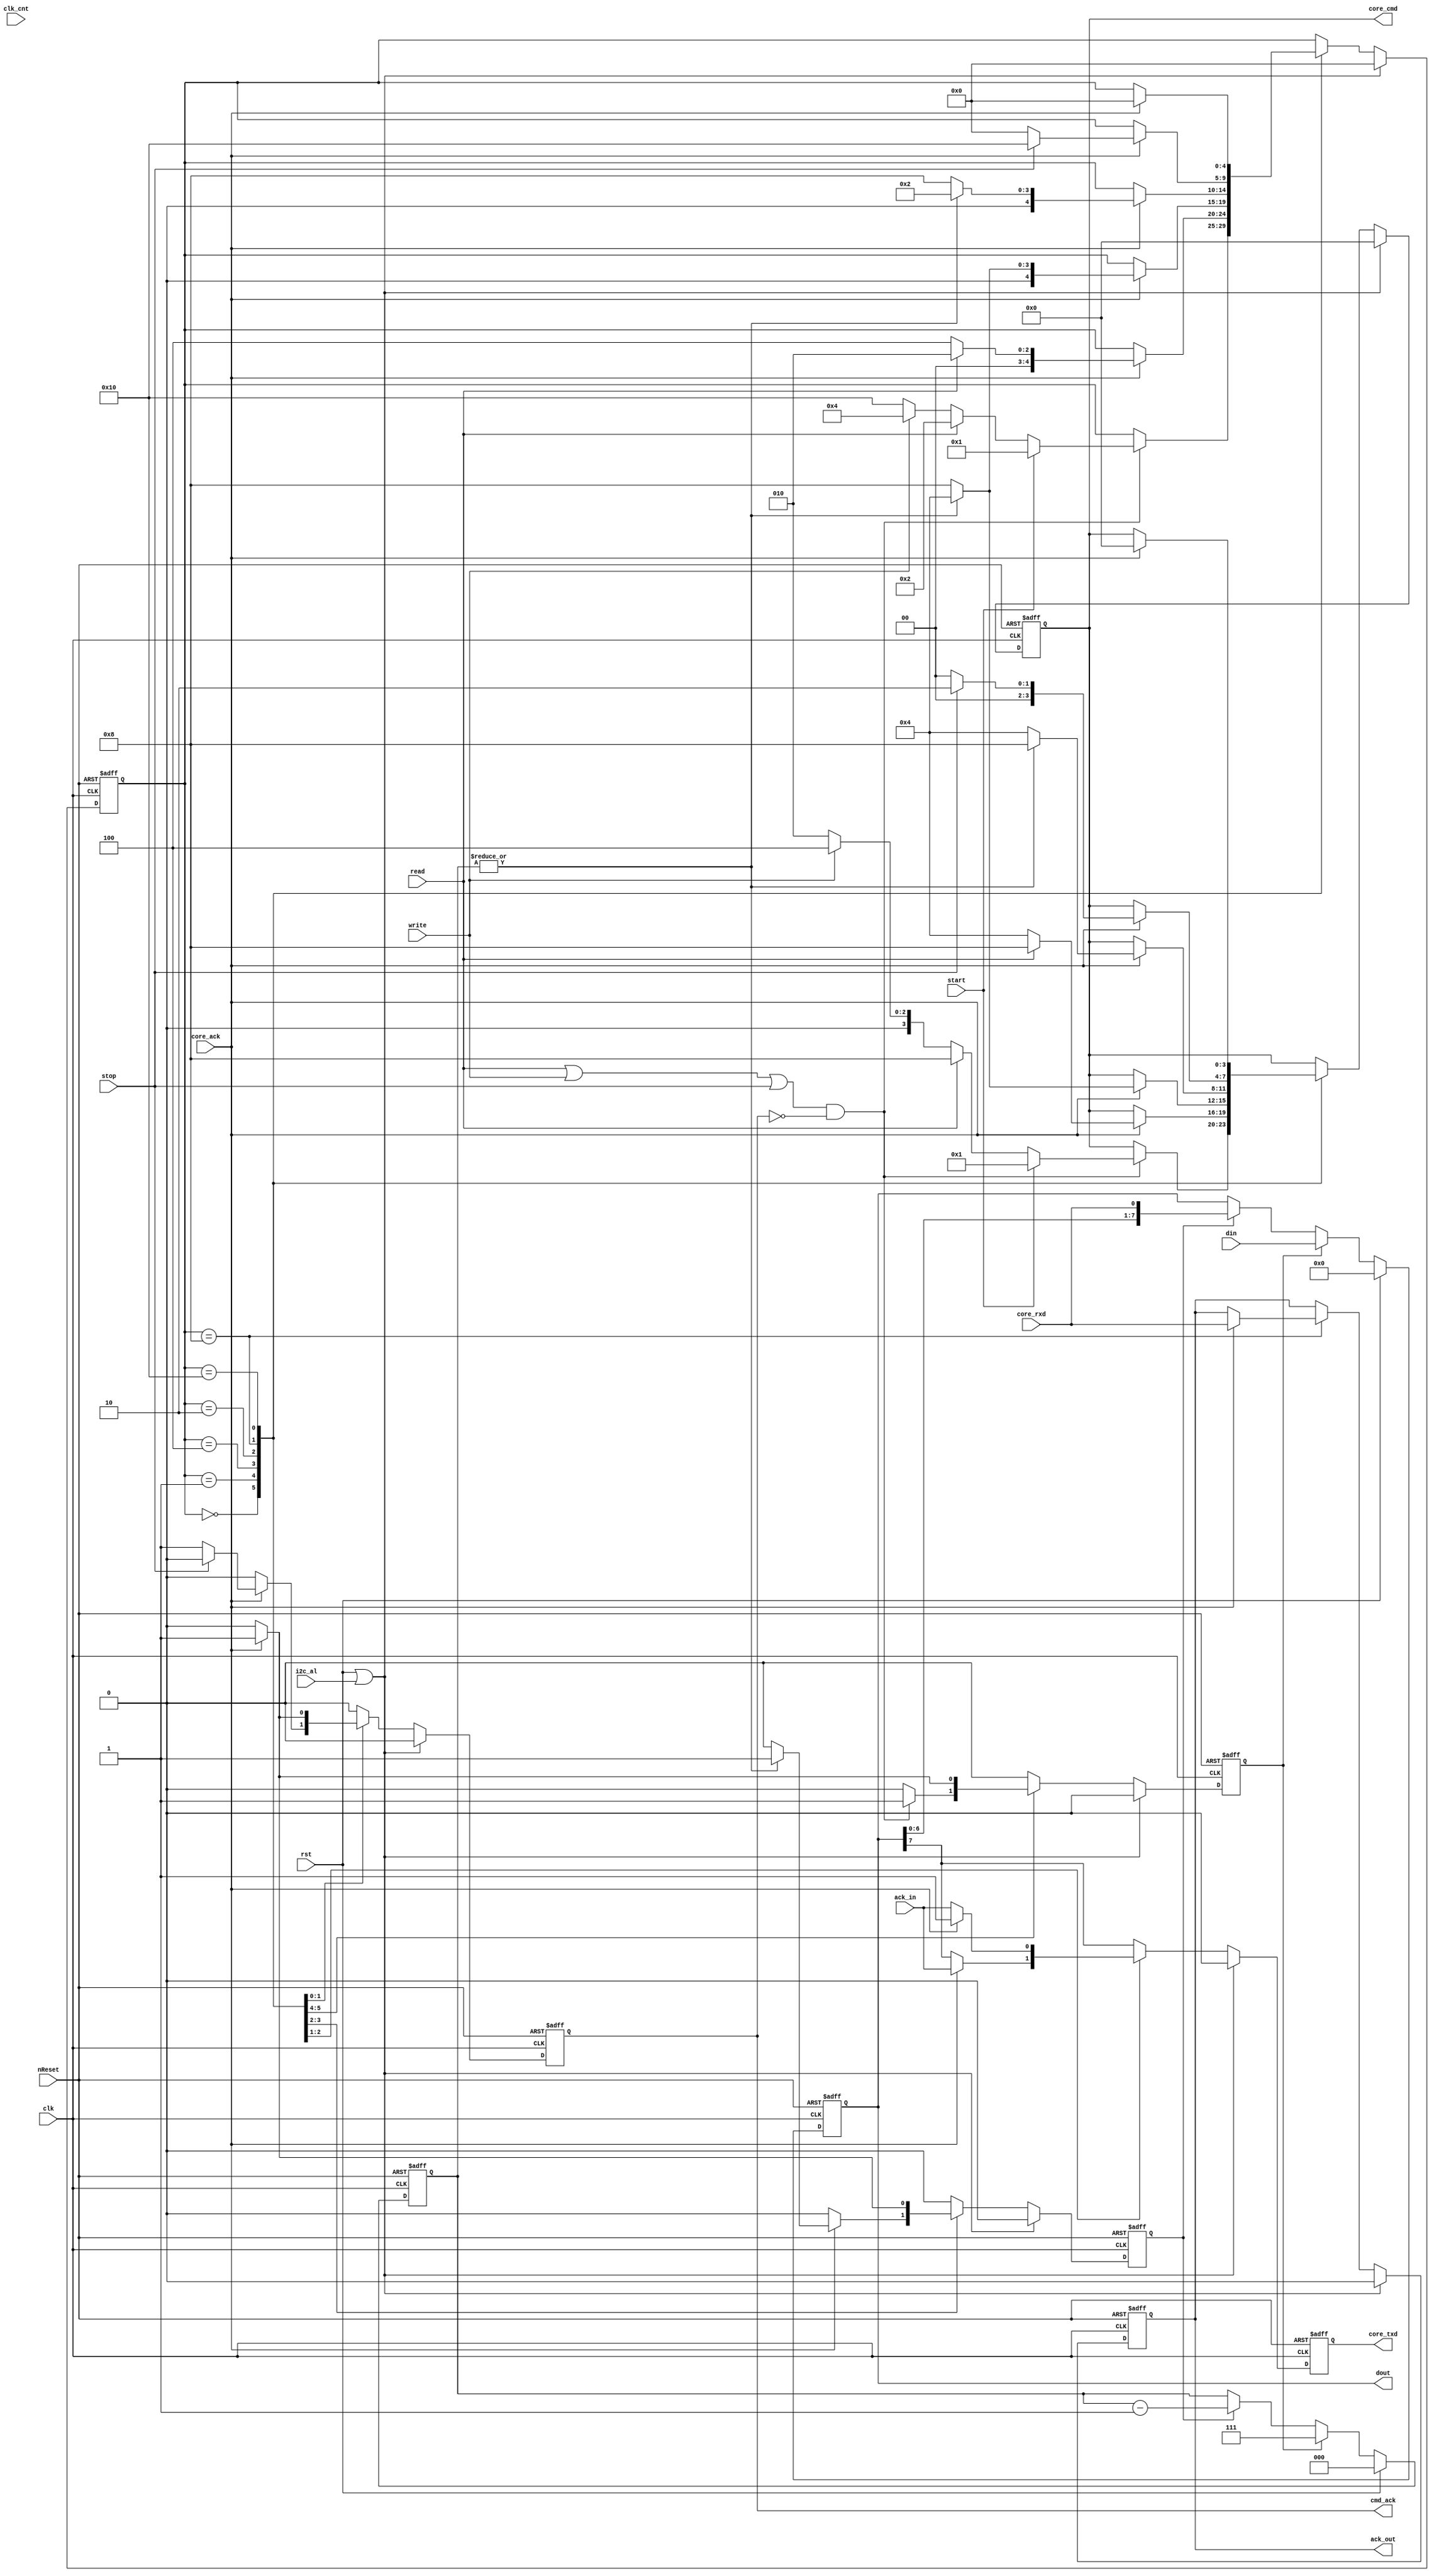
//`include "timescale.v"
`timescale 1ns / 10ps

// synopsys translate_on

//`include "i2c_master_defines.v"

// bitcontroller states
`define I2C_CMD_NOP   4'b0000
`define I2C_CMD_START 4'b0001
`define I2C_CMD_STOP  4'b0010
`define I2C_CMD_WRITE 4'b0100
`define I2C_CMD_READ  4'b1000

module i2c_master_byte_ctrl (
	clk, rst, nReset, //ena, 
	clk_cnt, start, stop, read, write, ack_in, din,
	cmd_ack, ack_out, dout, //i2c_busy, 
	i2c_al, 
	//scl_i, scl_o, scl_oen, sda_i, sda_o, sda_oen, 
	core_cmd, core_txd, core_rxd, core_ack );

	//
	// inputs & outputs
	//
	input clk;     // master clock
	input rst;     // synchronous active high reset
	input nReset;  // asynchronous active low reset
	//input ena;     // core enable signal

	input [15:0] clk_cnt; // 4x SCL

	// control inputs
	input       start;
	input       stop;
	input       read;
	input       write;
	input       ack_in;
	input [7:0] din;

	// status outputs
	output       cmd_ack;
	reg cmd_ack;
	output       ack_out;
	reg ack_out;
	//output       i2c_busy;
	input       i2c_al;  // i2c_al is output from bit cntrl, but input to byte cntrl now
	output [7:0] dout;

	// I2C signals
	/*input  scl_i;
	output scl_o;
	output scl_oen;
	input  sda_i;
	output sda_o;
	output sda_oen;*/

	// signals for bit_controller
	output  [3:0] core_cmd;
	output        core_txd;
	input         core_ack, core_rxd;

	//
	// Variable declarations
	//

	// statemachine
	parameter [4:0] ST_IDLE  = 5'b0_0000;
	parameter [4:0] ST_START = 5'b0_0001;
	parameter [4:0] ST_READ  = 5'b0_0010;
	parameter [4:0] ST_WRITE = 5'b0_0100;
	parameter [4:0] ST_ACK   = 5'b0_1000;
	parameter [4:0] ST_STOP  = 5'b1_0000;

	// signals for bit_controller
	reg  [3:0] core_cmd;
	reg        core_txd;
	////wire       core_ack, core_rxd;

	// signals for shift register
	reg [7:0] sr; //8bit shift register
	reg       shift, ld;

	// signals for state machine
	wire       go;
	reg  [2:0] dcnt;
	wire       cnt_done;

	//
	// Module body
	//

/*	// hookup bit_controller
	i2c_master_bit_ctrl bit_controller (
		.clk     ( clk      ),
		.rst     ( rst      ),
		.nReset  ( nReset   ),
		.ena     ( ena      ),
		.clk_cnt ( clk_cnt  ),
		.cmd     ( core_cmd ),
		.cmd_ack ( core_ack ),
		.busy    ( i2c_busy ),
		.al      ( i2c_al   ),
		.din     ( core_txd ),
		.dout    ( core_rxd ),
		.scl_i   ( scl_i    ),
		.scl_o   ( scl_o    ),
		.scl_oen ( scl_oen  ),
		.sda_i   ( sda_i    ),
		.sda_o   ( sda_o    ),
		.sda_oen ( sda_oen  )
	); */

	// generate go-signal
	assign go = (read | write | stop) & ~cmd_ack;

	// assign dout output to shift-register
	assign dout = sr;

	// generate shift register
	always @(posedge clk or negedge nReset)
	  if (!nReset)
	    sr <= #1 8'h0;
	  else if (rst)
	    sr <= #1 8'h0;
	  else if (ld)
	    sr <= #1 din;
	  else if (shift)
	    sr <= #1 {sr[6:0], core_rxd};

	// generate counter
	always @(posedge clk or negedge nReset)
	  if (!nReset)
	    dcnt <= #1 3'h0;
	  else if (rst)
	    dcnt <= #1 3'h0;
	  else if (ld)
	    dcnt <= #1 3'h7;
	  else if (shift)
	    dcnt <= #1 dcnt - 3'h1;

	assign cnt_done = ~(|dcnt);

	//
	// state machine
	//
	reg [4:0] c_state; // synopsis enum_state

	always @(posedge clk or negedge nReset)
	  if (!nReset)
	    begin
	        core_cmd <= #1 `I2C_CMD_NOP;
	        core_txd <= #1 1'b0;
	        shift    <= #1 1'b0;
	        ld       <= #1 1'b0;
	        cmd_ack  <= #1 1'b0;
	        c_state  <= #1 ST_IDLE;
	        ack_out  <= #1 1'b0;
	    end
	  else if (rst | i2c_al)
	   begin
	       core_cmd <= #1 `I2C_CMD_NOP;
	       core_txd <= #1 1'b0;
	       shift    <= #1 1'b0;
	       ld       <= #1 1'b0;
	       cmd_ack  <= #1 1'b0;
	       c_state  <= #1 ST_IDLE;
	       ack_out  <= #1 1'b0;
	   end
	else
	  begin
	      // initially reset all signals
	      core_txd <= #1 sr[7];
	      shift    <= #1 1'b0;
	      ld       <= #1 1'b0;
	      cmd_ack  <= #1 1'b0;

	      case (c_state) // synopsys full_case parallel_case
	        ST_IDLE:
	          if (go)
	            begin
	                if (start)
	                  begin
	                      c_state  <= #1 ST_START;
	                      core_cmd <= #1 `I2C_CMD_START;
	                  end
	                else if (read)
	                  begin
	                      c_state  <= #1 ST_READ;
	                      core_cmd <= #1 `I2C_CMD_READ;
	                  end
	                else if (write)
	                  begin
	                      c_state  <= #1 ST_WRITE;
	                      core_cmd <= #1 `I2C_CMD_WRITE;
	                  end
	                else // stop
	                  begin
	                      c_state  <= #1 ST_STOP;
	                      core_cmd <= #1 `I2C_CMD_STOP;
	                  end

	                ld <= #1 1'b1;
	            end

	        ST_START:
	          if (core_ack)
	            begin
	                if (read)
	                  begin
	                      c_state  <= #1 ST_READ;
	                      core_cmd <= #1 `I2C_CMD_READ;
	                  end
	                else
	                  begin
	                      c_state  <= #1 ST_WRITE;
	                      core_cmd <= #1 `I2C_CMD_WRITE;
	                  end

	                ld <= #1 1'b1;
	            end

	        ST_WRITE:
	          if (core_ack)
	            if (cnt_done)
	              begin
	                  c_state  <= #1 ST_ACK;
	                  core_cmd <= #1 `I2C_CMD_READ;
	              end
	            else
	              begin
	                  c_state  <= #1 ST_WRITE;       // stay in same state
	                  core_cmd <= #1 `I2C_CMD_WRITE; // write next bit
	                  shift    <= #1 1'b1;
	              end

	        ST_READ:
	          if (core_ack)
	            begin
	                if (cnt_done)
	                  begin
	                      c_state  <= #1 ST_ACK;
	                      core_cmd <= #1 `I2C_CMD_WRITE;
	                  end
	                else
	                  begin
	                      c_state  <= #1 ST_READ;       // stay in same state
	                      core_cmd <= #1 `I2C_CMD_READ; // read next bit
	                  end

	                shift    <= #1 1'b1;
	                core_txd <= #1 ack_in;
	            end

	        ST_ACK:
	          if (core_ack)
	            begin
	               if (stop)
	                 begin
	                     c_state  <= #1 ST_STOP;
	                     core_cmd <= #1 `I2C_CMD_STOP;
	                 end
	               else
	                 begin
	                     c_state  <= #1 ST_IDLE;
	                     core_cmd <= #1 `I2C_CMD_NOP;

	                     // generate command acknowledge signal
	                     cmd_ack  <= #1 1'b1;
	                 end

	                 // assign ack_out output to bit_controller_rxd (contains last received bit)
	                 ack_out <= #1 core_rxd;

	                 core_txd <= #1 1'b1;
	             end
	           else
	             core_txd <= #1 ack_in;

	        ST_STOP:
	          if (core_ack)
	            begin
	                c_state  <= #1 ST_IDLE;
	                core_cmd <= #1 `I2C_CMD_NOP;

	                // generate command acknowledge signal
	                cmd_ack  <= #1 1'b1;
	            end

	      endcase
	  end
endmodule